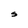
Character: S